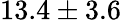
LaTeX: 13.4\pm 3.6